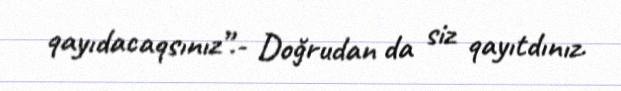
qayıdacaqsınız”.- Doğrudan da siz qayıtdınız.